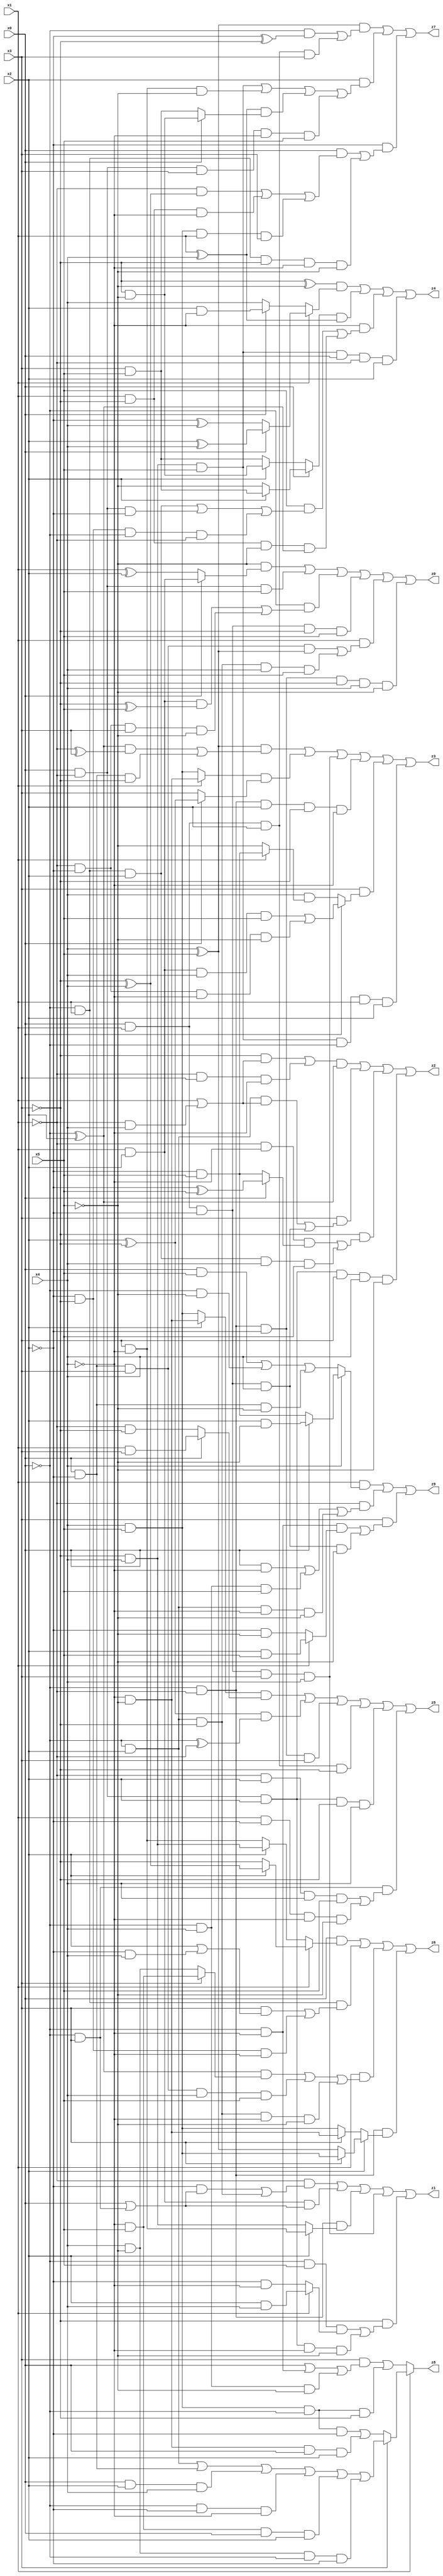
// Benchmark "X_27" written by ABC on Mon Jun 05 18:09:58 2023

module X_27 ( 
    x0, x1, x2, x3, x4, x5,
    z0, z1, z2, z3, z4, z5, z6, z7, z8, z9  );
  input  x0, x1, x2, x3, x4, x5;
  output z0, z1, z2, z3, z4, z5, z6, z7, z8, z9;
  assign z0 = (~x5 & (x0 ? (x1 & x2) : (x1 ^ x2))) | (x0 & ~x1 & x5) | (~x0 & ((x1 & x2 & (~x3 ^ x5)) | (~x1 & ~x2 & x3 & ~x5))) | (x0 & x1 & ~x2 & ~x3 & x5) | (x1 & ((x0 & ~x2 & x3 & (x4 ^ x5)) | (~x0 & x2 & ~x3 & x4 & x5))) | (~x0 & ~x1 & ~x2 & ~x3 & x4 & ~x5);
  assign z1 = (~x1 & ((~x2 & (x0 | (~x0 & x3))) | (~x0 & x2 & ~x3))) | (x1 & x2 & (x0 | (~x0 & x3))) | (~x0 & ~x1 & (x2 ? (x3 & ~x4) : (~x3 & x4))) | (x0 & x1 & ~x2 & x3 & x4) | (~x3 & ((~x0 & x5 & (x1 ? (x2 & x4) : (~x2 & ~x4))) | (x0 & ~x1 & x2 & ~x4 & ~x5)));
  assign z2 = (((~x3 & (x1 | (~x1 & x4))) | (~x1 & x3 & ~x4)) & (~x0 ^ x2)) | (x3 & ((~x0 & x2 & (x1 | (~x1 & x4))) | (x0 & x1 & ~x2 & x4))) | (~x3 & ((~x1 & ~x4 & (x0 ? (~x2 ^ x5) : (~x2 & x5))) | (~x0 & x1 & x2 & x4 & x5))) | (x0 & ~x1 & x2 & x3 & x4 & ~x5);
  assign z3 = ((x4 ^ x5) & (((~x0 ^ x2) & (~x1 ^ x3)) | (x0 & ~x2 & ~x3))) | ((x1 ? (~x4 & ~x5) : (x4 & x5)) & (x0 ? (x2 ^ ~x3) : x3)) | (x0 & x1 & ~x2 & x3 & x4) | (~x0 & ~x1 & x2 & ~x3 & ~x4) | (x3 & (x0 ? ((x1 & x2 & x4 & x5) | (~x1 & ~x2 & ~x4 & ~x5)) : (x4 & (x1 ? (~x2 & x5) : ~x5)))) | (~x3 & x4 & x5 & ~x0 & x1 & x2);
  assign z4 = ((~x3 ^ ~x5) & (x1 ? (x0 ? (x2 ^ x4) : (~x2 ^ x4)) : (x0 ? (x2 & ~x4) : x4))) | ((x0 ? (x2 ? (x3 & x5) : ~x5) : (x2 ? (~x3 & ~x5) : (x3 & x5))) & (x1 ^ x4)) | (~x4 & ((x5 & ((~x0 & x1 & x2) | (x0 & ~x1 & ~x2) | (~x2 & ~x3 & ~x0 & ~x1))) | (x1 & ~x3 & ~x5 & (~x0 ^ x2)))) | (~x3 & x4 & x5 & x0 & ~x1 & x2);
  assign z5 = ((x2 ? (~x4 & ~x5) : (x4 & x5)) & (x0 ? (x1 & x3) : (~x1 & ~x3))) | ((x2 ^ ~x3) & (~x0 ^ ~x1)) | (~x0 & ~x1 & ~x2 & x3) | (x0 & x1 & x2 & ~x3) | (x0 & ~x1 & x2 & ~x3 & x4) | (~x0 & x3 & ((~x1 & x2 & x4 & x5) | (x1 & ~x2 & ~x4 & ~x5)));
  assign z6 = (x0 & (x1 ? (x2 ? (~x3 ^ x4) : ~x3) : (x2 ? (~x3 & x4) : (x3 & ~x4)))) | (~x0 & x1 & ((x3 & (x2 | (~x2 & x4))) | (~x2 & ~x3 & ~x4))) | (x1 & (((~x0 ^ x2) & (x3 ? (~x4 & x5) : (x4 & ~x5))) | (x0 & ~x2 & x3 & x4 & x5) | (~x0 & x2 & ~x3 & ~x4 & ~x5))) | (~x0 & ~x1 & (x2 ? (x3 ? (x4 & x5) : (x4 ^ x5)) : (x3 ? (~x4 & ~x5) : (x4 & x5))));
  assign z7 = ((x4 ^ x5) & ((~x0 & (~x2 ^ ~x3)) | (x0 & x1 & x2 & x3))) | (x2 & ((~x3 & x4 & x5) | (x3 & ~x4 & ~x5) | ((x1 ^ x4) & (x0 ? (~x3 & ~x5) : (x3 & x5))) | (x0 & ~x1 & x3 & ~x4 & x5))) | (~x2 & ((x0 & ((~x1 & (~x3 ^ x4)) | (x1 & ~x3 & ~x4) | (x4 & x5 & x1 & x3))) | (~x0 & x1 & ~x3 & ~x4 & ~x5)));
  assign z8 = x1 ? (x3 ? ((~x0 & x2) | (x0 & ~x2) | (x0 & x2 & x4) | (~x0 & ~x2 & ~x4) | (~x4 & x5 & x0 & x2) | (x4 & ~x5 & ~x0 & ~x2)) : ((x4 & x5 & ~x0 & ~x2) | (~x4 & ~x5 & x0 & x2))) : ((x3 & (x0 | (~x0 & ~x4) | (~x0 & x4 & ~x5))) | (x4 & x5 & ~x0 & ~x3));
  assign z9 = (x1 & (x4 ? (x0 ? (x2 & ~x5) : (~x2 & x5)) : ((x0 & x5) | (~x0 & ~x5) | (x0 & ~x2 & ~x5)))) | (~x1 & ((x0 & ~x4) | (~x0 & x4 & x5) | (~x0 & x2 & ~x4 & ~x5))) | (x3 & ((~x0 & ~x4 & (x1 ? (x2 & x5) : (~x2 & ~x5))) | (x0 & x1 & ~x2 & x4 & ~x5)));
endmodule